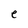
Character: e